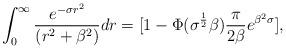
LaTeX: \begin{align*}\int^{\infty}_{0}\frac{e^{-\sigma r^{2}}}{(r^{2}+\beta^{2})}dr = [1-\Phi(\sigma^{\frac{1}{2}}\beta)\frac{\pi}{2\beta}e^{\beta^{2}\sigma}],\end{align*}